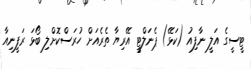
ޓީސީގެ އަލީ ނާފިއު (ކަޅޭ) ޕެނަލްޓީ އޭރިޔާ ތެރެއަށް ހުރަސްކޮށްލި ބޯޅަ ރަފީނިއާ